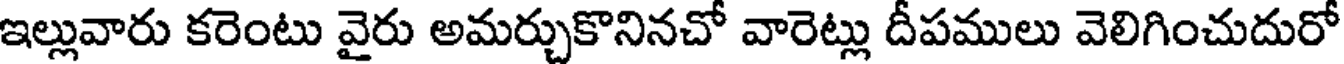
ఇల్లువారు కరెంటు వైరు అమర్చుకొనినచో వారెట్లు దీపములు వెలిగించుదురో